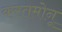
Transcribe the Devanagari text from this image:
कस्तमोनू